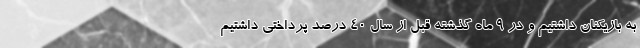
به بازیکنان داشتیم و در 9 ماه گذشته قبل از سال 40 درصد پرداختی داشتیم